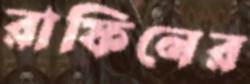
রাফিনের